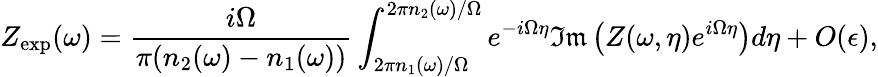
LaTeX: Z_{\mathrm{exp}}(\omega)=\frac{i\Omega}{\pi(n_{2}(\omega)-n_{1}(\omega))}\int_{2\pi n_{1}(\omega)/\Omega}^{2\pi n_{2}(\omega)/\Omega}e^{-i\Omega\eta}\mathfrak{Im}\left(Z(\omega,\eta)e^{i\Omega\eta}\right)d\eta+O(\epsilon),